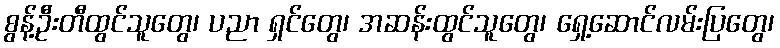
စွန့်ဦးတီထွင်သူတွေ၊ ပညာ ရှင်တွေ၊ အဆန်းထွင်သူတွေ၊ ရှေ့ဆောင်လမ်းပြတွေ၊